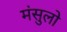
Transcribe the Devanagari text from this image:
मंसुलो